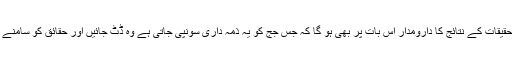
'عدالتی تحقیقات کے نتائج کا دارومدار اس بات پر بھی ہو گا کہ جس جج کو یہ ذمہ داری سونپی جاتی ہے وہ ڈٹ جائیں اور حقائق کو سامنے لے آئیں۔